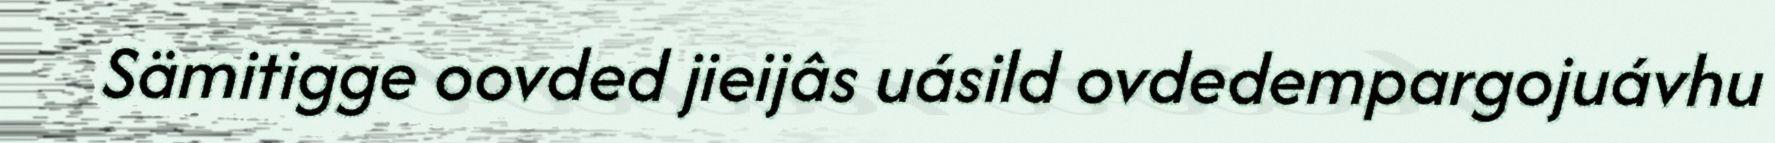
Sämitigge oovded jieijâs uásild ovdedempargojuávhu